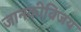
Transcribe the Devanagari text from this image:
जानकीविजय